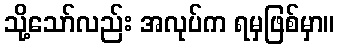
သို့သော်လည်း အလုပ်က ရမှဖြစ်မှာ။